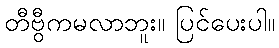
တီဗွီကမလာဘူး။ ပြင်ပေးပါ။